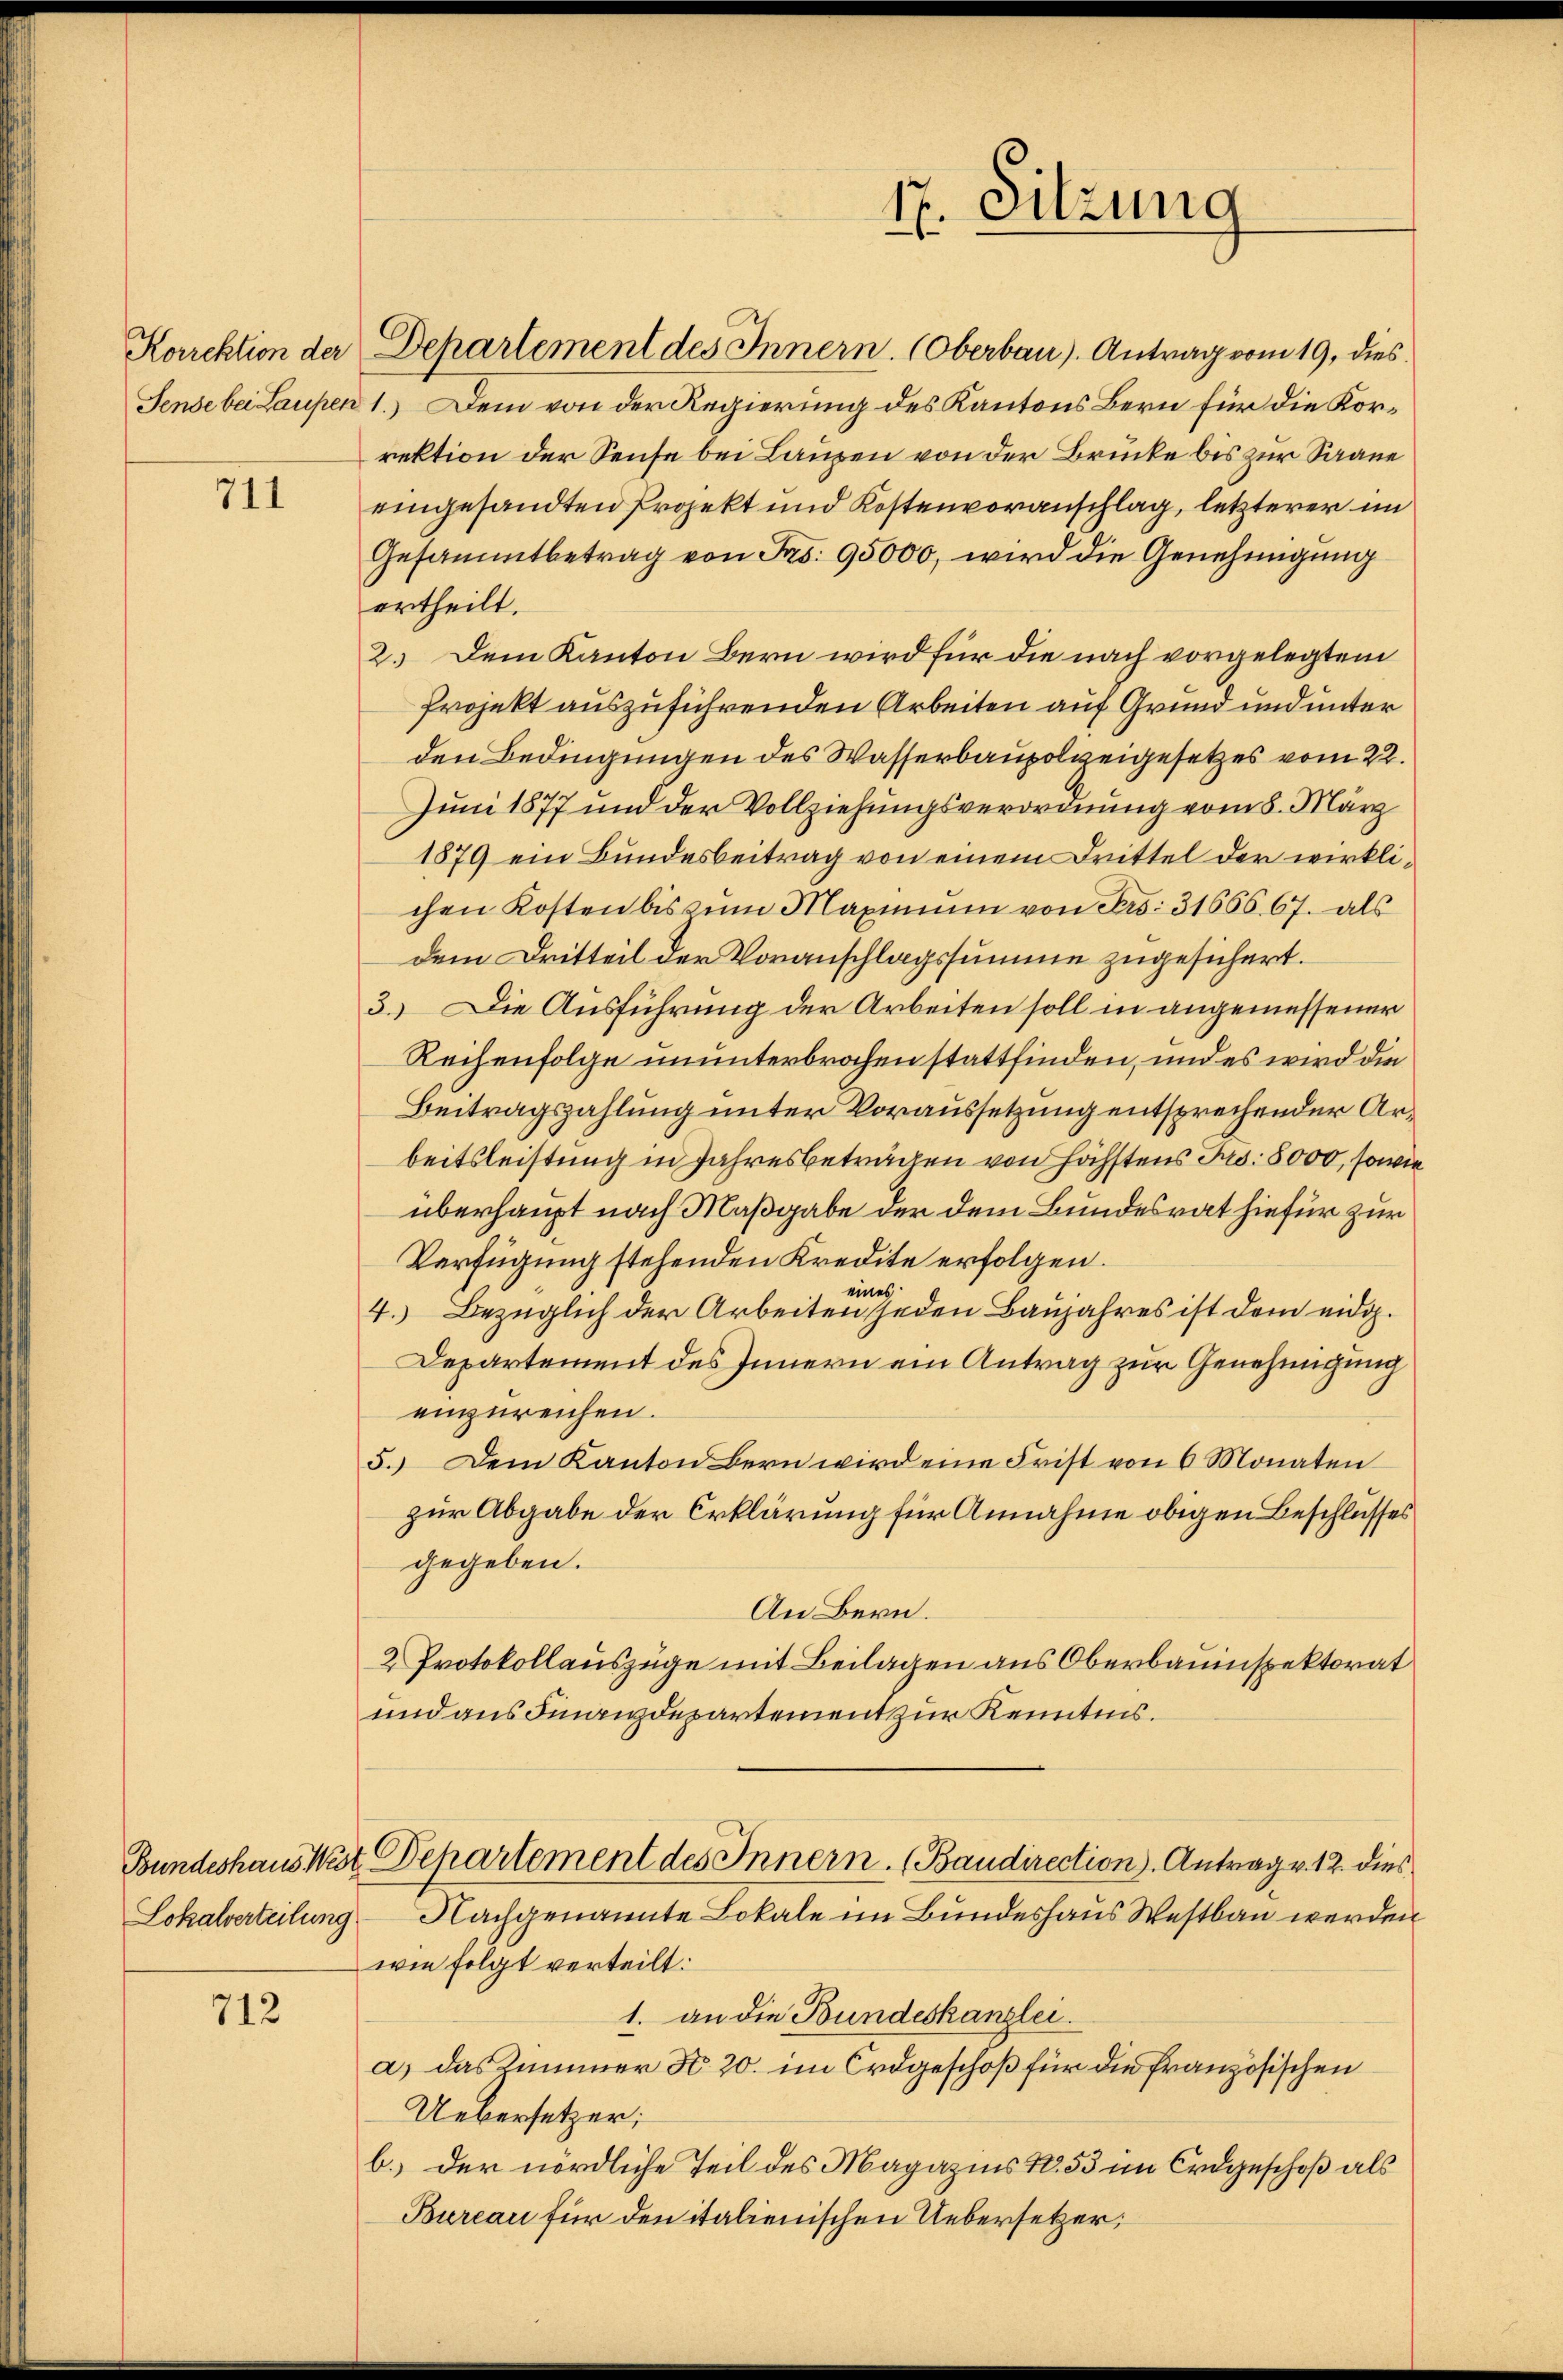
711

712

Karektion der Departement des Innern. Oberbau). Antrag vom 19. dies
Jense bei Laupen 1.) Dem von der Regierung des Kantons Bern für die Korrektion der Sense bei Laupen von der Brücke bis zur Saane
eingesandten Projekt und Kostenvoranschlag, letzterer im
Gesammtbetrag von Frs. 95000, wird die Genehmigung
ertheilt.
2. Dem Kanton Bern wird für die nach vorgelegtem
Projekt auszuführenden Arbeiten auf Grund und unter
den Bedingungen des Wasserbaupolveigesetzes vom 22.
Juni 1877 und der Vollziehungsverordnung vom 8. März
1879 ein Bundesbeitrag von einem Drittel der wirklichen Kosten bis zum Maximum von Frs. 3166667. als
dem Dritteil der Voranschlagssumme zugesichert.
3.) Die Ausführung der Arbeiten soll in angemessener
Reihenfolge ununterbrochen stattfinden, und es wird die
Beitragszahlung unter Voraussetzung entsprechender Arbeitsleistung in Jahresbeträgen von Höchstens Jo. 5000, sowie
überhaupt nach Maßgabe der dem Bundesrat hiefür zur
Verfügung stehenden Kredite erfolgen.
eines
4. Bezüglich der Arbeiten jeden Baujahres ist dem eidg.
Departement des Innern ein Antrag zur Genehmigung
einzureichen.
5.) Dem Kanton Bern wird eine Frist von 6 Monaten
zur Abgabe der Erklärung für Annahme obigen Beschlusses
gegeben.
An Bern.
2 Protokollauszüge mit Beilagen aus Oberbauinspektorat
und aus Finanzdepartement zur Kenntnis.
Bundeshaus West Departement des Innern. (Baudirection). Antrag v. 12. dies
Lokalverteilung Nachgenannte Lokale im Bundeshaus Westbau werden
wie folgt verteilt:
1. an die Bundeskanzlei.
a) das Kummer d. 20. im Erdgeschoß für die französischen
Uebersetzer;
b.) der nördliche Teil des Magazins No. 53 im Erdgeschoß als
Bureau für den italienischen Uebersetzer;

17. Sitzung